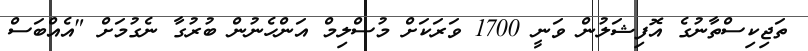
ތަޖިކިސްތާނުގެ އޮފިޝަލުން ވަނީ 1700 ވަރަކަށް މުސްލިމް އަންހެނުން ބުރުގާ ނެގުމަށް "އެއްބަސް